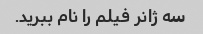
سه ژانر فیلم را نام ببرید.